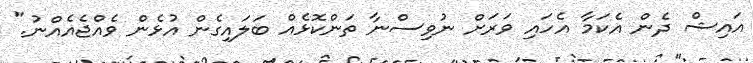
އައިޝް ދެން އެކަމާ އެހައި ވަރަށް ނުވިސްނާ ތަންކޮޅެއް ބަލައިގެން އުޅެން ވެއްޖެއެއްނު."